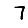
Digit: 7